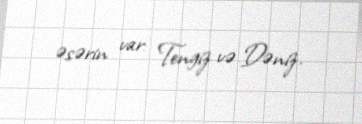
əsərin var: Tengiz və Dəniz.